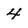
Character: 4